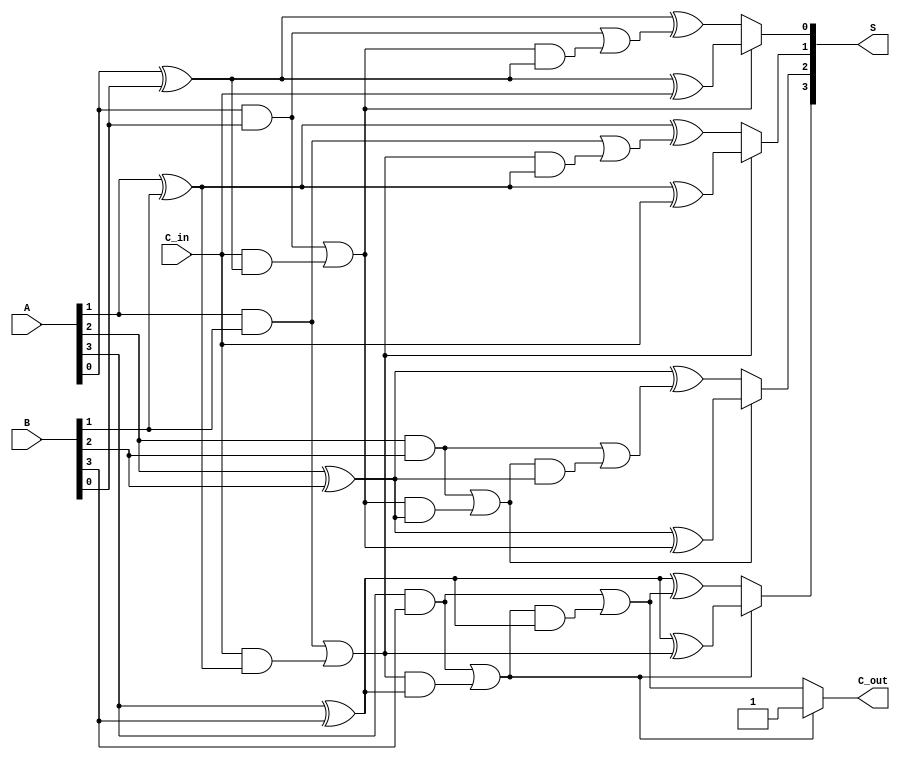
module ConditionalSumAdder #(parameter n = 4) (
    input [n-1:0] A,       // First n-bit input
    input [n-1:0] B,       // Second n-bit input
    input C_in,            // Initial carry input
    output [n-1:0] S,      // n-bit sum output
    output C_out           // Final carry output
);

// Intermediate wires for partial sums and carries
wire [n-1:0] S0;         // Sum when no carry
wire [n-1:0] S1;         // Sum when there is a carry
wire [n-1:0] C0;         // Carry when no carry
wire [n-1:0] C1;         // Carry when there is a carry
wire [n-1:0] C_temp;     // Temporary carry for multiplexing

// Generate partial sums and carries for each bit
genvar i;
generate
    for (i = 0; i < n; i = i + 1) begin : CSA
        // Calculate partial sums
        assign S0[i] = A[i] ^ B[i] ^ (i == 0 ? C_in : C_temp[i-1]);
        assign S1[i] = A[i] ^ B[i] ^ C1[i];

        // Calculate carries
        assign C0[i] = (A[i] & B[i]) | ((i == 0 ? C_in : C_temp[i-1]) & (A[i] ^ B[i]));
        assign C1[i] = (A[i] & B[i]) | (C0[i] & (A[i] ^ B[i]));
        
        // Store the temporary carry for multiplexing
        if (i > 0) begin
            assign C_temp[i] = C0[i-1]; // carry from the previous stage
        end else begin
            assign C_temp[i] = C_in; // initial carry for the first stage
        end
        
        // Select final sum based on carry
        assign S[i] = C0[i] ? S0[i] : S1[i];
    end
endgenerate

// Final carry output is determined by the last carry
assign C_out = C0[n-1] ? C0[n-1] : C1[n-1];

endmodule